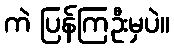
ကဲ ပြန်ကြဦးမှပဲ။